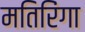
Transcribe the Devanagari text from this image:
मतिरिंगा